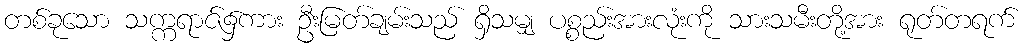
တစ်ခုသော သက္ကရာဇ်၌ကား ဦးမြတ်ချမ်းသည် ရှိသမျှ ပစ္စည်းအားလုံးကို သားသမီးတို့အား ရုတ်တရက်